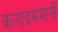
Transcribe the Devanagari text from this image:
कलाइममानी